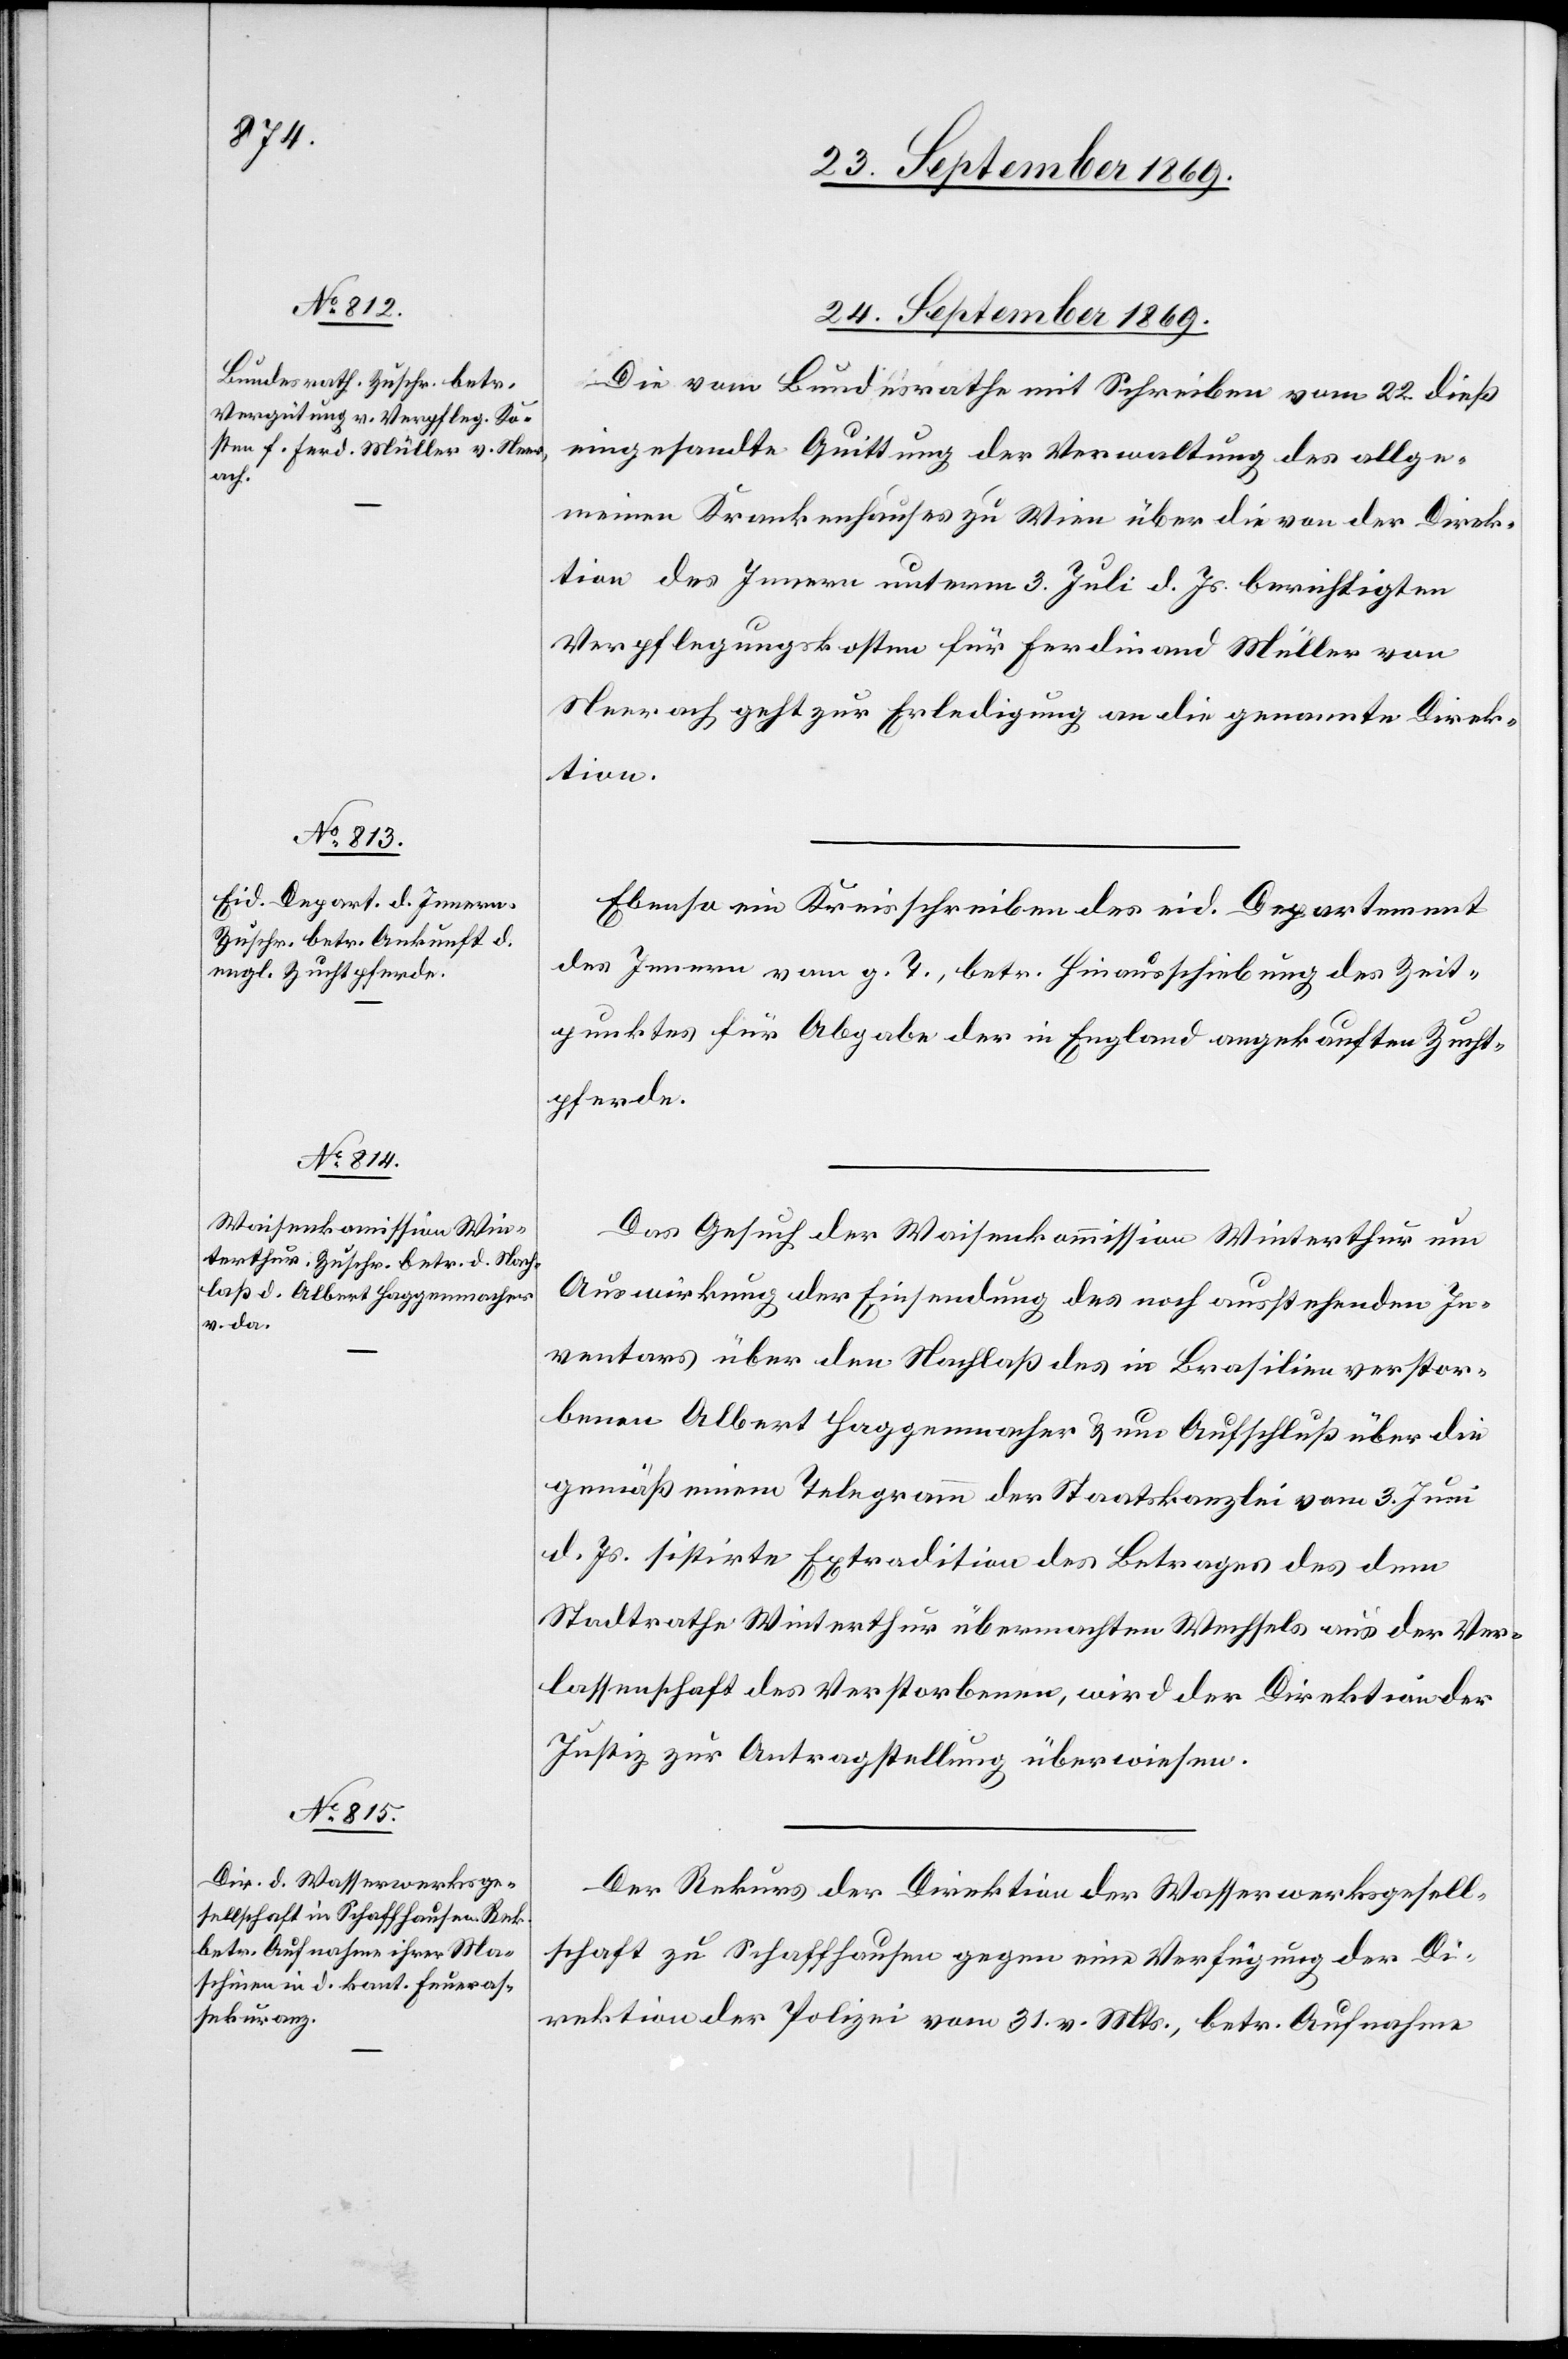
24. September 1869.]
Die vom Bundesrathe mit Schreiben vom 22. dieß
eingesandte Quittung der Verwaltung des allge¬
meinen Krankenhauses zu Wien über die von der Direk¬
tion des Innern unterm 3. Juli d. Js. berichtigten
Verpflegungskosten für Ferdinand Müller von
Neerach geht zur Erledigung an die genannte Direk¬
tion.
Ebenso ein Kreisschreiben des eid. Departement
des Innern vom g. T., betr. Hinausschiebung des Zeit¬
punktes für Abgabe der in England angekauften Zucht¬
pferde.
Das Gesuch der Waisenkommission Winterthur um
Auswirkung der Einsendung des noch ausstehenden In¬
ventars über den Nachlaß des in Brasilien verstor¬
benen Albert Haggenmacher & um Aufschluß über die
gemäß einem Telegramm der Staatskanzlei vom 3. Juni
d. Js. stistirte Extradition des Betrages des dem
Stadtrathe Winterthur übermachten Wechsels aus der Ver¬
lassenschaft des Verstorbenen, wird der Direktion der
Justiz zur Antragstellung überwiesen.
Der Rekurs der Direktion der Wasserwerksgesell¬
schaft zu Schaffhausen gegen eine Verfügung der Di¬
rektion der Polizei vom 31. v. Mts., betr. Aufnahme